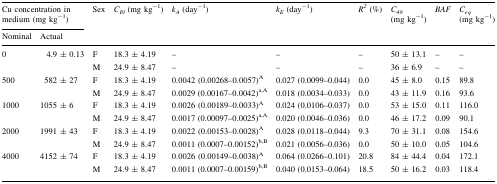
<table><thead><tr><td colspan="2"><b>Cu concentration in medium (mg kg<sup>−1</sup>)</b></td><td rowspan="2"><b>Sex</b></td><td rowspan="2"><b><i>C</i><sub><i>I0</i></sub> (mg kg<sup>−1</sup>)</b></td><td rowspan="2"><b><i>k</i><sub><i>A</i></sub> (day<sup>−1</sup>)</b></td><td rowspan="2"><b><i>k</i><sub><i>E</i></sub> (day<sup>−1</sup>)</b></td><td rowspan="2"><b><i>R</i><sup><i>2</i></sup> (%)</b></td><td rowspan="2"><b><i>C</i><sub><i>48</i></sub> (mg kg<sup>−1</sup>)</b></td><td rowspan="2"><b><i>BAF</i></b></td><td rowspan="2"><b><i>C</i><sub><i>eq</i></sub> (mg kg<sup>−1</sup>)</b></td></tr><tr><td><b>Nominal</b></td><td><b>Actual</b></td></tr></thead><tbody><tr><td rowspan="2">0</td><td rowspan="2">4.9 ± 0.13</td><td>F</td><td>18.3 ± 4.19</td><td>–</td><td>–</td><td>–</td><td>50 ± 13.1</td><td>–</td><td>–</td></tr><tr><td>M</td><td>24.9 ± 8.47</td><td>–</td><td>–</td><td>–</td><td>36 ± 6.9</td><td>–</td><td>–</td></tr><tr><td rowspan="2">500</td><td rowspan="2">582 ± 27</td><td>F</td><td>18.3 ± 4.19</td><td>0.0042 (0.00268–0.0057)<sup>A</sup></td><td>0.027 (0.0099–0.044)</td><td>0.0</td><td>45 ± 8.0</td><td>0.15</td><td>89.8</td></tr><tr><td>M</td><td>24.9 ± 8.47</td><td>0.0029 (0.00167–0.0042)<sup>a,A</sup></td><td>0.018 (0.0034–0.033)</td><td>0.0</td><td>43 ± 11.9</td><td>0.16</td><td>93.6</td></tr><tr><td rowspan="2">1000</td><td rowspan="2">1055 ± 6</td><td>F</td><td>18.3 ± 4.19</td><td>0.0026 (0.00189–0.0033)<sup>A</sup></td><td>0.024 (0.0106–0.037)</td><td>0.0</td><td>53 ± 15.0</td><td>0.11</td><td>116.0</td></tr><tr><td>M</td><td>24.9 ± 8.47</td><td>0.0017 (0.00097–0.0025)<sup>a,A</sup></td><td>0.020 (0.0046–0.036)</td><td>0.0</td><td>46 ± 17.2</td><td>0.09</td><td>90.1</td></tr><tr><td rowspan="2">2000</td><td rowspan="2">1991 ± 43</td><td>F</td><td>18.3 ± 4.19</td><td>0.0022 (0.00153–0.0028)<sup>A</sup></td><td>0.028 (0.0118–0.044)</td><td>9.3</td><td>70 ± 31.1</td><td>0.08</td><td>154.6</td></tr><tr><td>M</td><td>24.9 ± 8.47</td><td>0.0011 (0.0007–0.00152)<sup>b,B</sup></td><td>0.021 (0.0056–0.036)</td><td>0.0</td><td>50 ± 10.0</td><td>0.05</td><td>104.6</td></tr><tr><td rowspan="2">4000</td><td rowspan="2">4152 ± 74</td><td>F</td><td>18.3 ± 4.19</td><td>0.0026 (0.00149–0.0038)<sup>A</sup></td><td>0.064 (0.0266–0.101)</td><td>20.8</td><td>84 ± 44.4</td><td>0.04</td><td>172.1</td></tr><tr><td>M</td><td>24.9 ± 8.47</td><td>0.0011 (0.0007–0.00159)<sup>b,B</sup></td><td>0.040 (0.0153–0.064)</td><td>18.5</td><td>50 ± 16.2</td><td>0.03</td><td>118.4</td></tr></tbody></table>